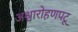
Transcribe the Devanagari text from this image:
अश्वारोहणपटू